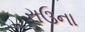
રાઉના